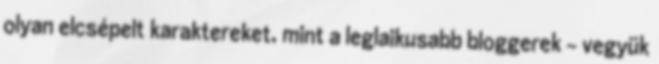
olyan elcsépelt karaktereket, mint a leglaikusabb bloggerek - vegyük